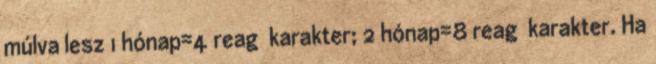
múlva lesz 1 hónap=4 reag karakter; 2 hónap=8 reag karakter. Ha